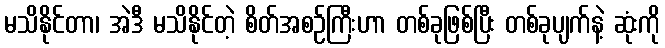
မသိနိုင်တာ၊ အဲဒီ မသိနိုင်တဲ့ စိတ်အစဉ်ကြီးဟာ တစ်ခုဖြစ်ပြီး တစ်ခုပျက်နဲ့ ဆုံးကို